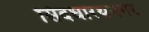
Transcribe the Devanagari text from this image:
सिदधारथनगर